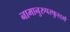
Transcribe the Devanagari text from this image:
नामानुरुपस्फुरदर्थ